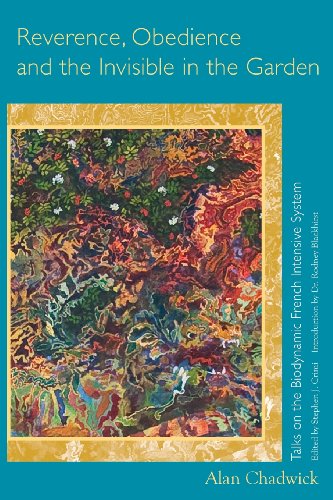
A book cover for Reverence, Obedience and the Invisible in the Garden: Talks on the Biodynamic French Intensive System; Alan Chadwick; Crafts, Hobbies & Home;